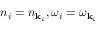
n _ { i } = n _ { { \bf k } _ { i } } , \omega _ { i } = \omega _ { { \bf k } _ { i } }